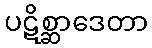
ပဋိစ္ဆာဒေတာ